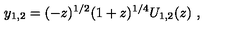
y _ { 1 , 2 } = ( - z ) ^ { 1 / 2 } ( 1 + z ) ^ { 1 / 4 } U _ { 1 , 2 } ( z ) \ ,